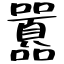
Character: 囂